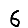
Digit: 6